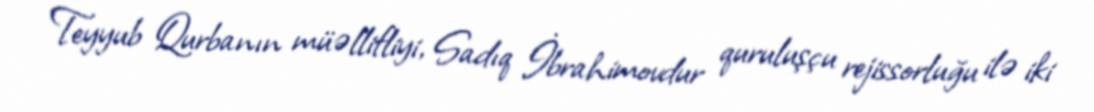
Teyyub Qurbanın müəllifliyi, Sadıq İbrahimovdur quruluşçu rejissorluğu ilə iki